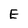
Character: E